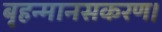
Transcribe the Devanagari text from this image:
बृहन्मानसकरण।